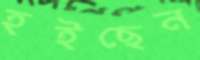
হইছেন